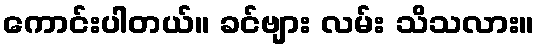
ကောင်းပါတယ်။ ခင်ဗျား လမ်း သိသလား။